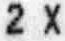
2 X